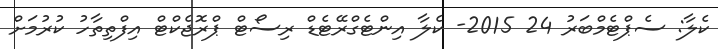
ކެލާ: ސެޕްޓެމްބަރު 24 2015- ކެލާ އިންޓެގްރޭޓެޑް ރިސޯޓް ޕްރޮޖެކްޓް އިފްތިތާހު ކުރުމަށް